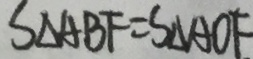
S \Delta A B F = S \Delta A O F